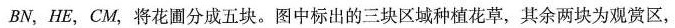
BN，HE，CM，将花圃分成五块。图中标出的三块区域种植花草，其余两块为观赏区，